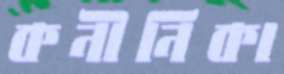
কনীনিকা